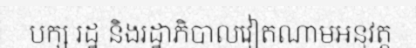
បក្ស រដ្ឋ និងរដ្ឋាភិបាលវៀតណាមអនុវត្ត